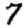
Digit: 7